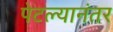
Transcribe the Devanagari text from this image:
पेटल्यानंतर